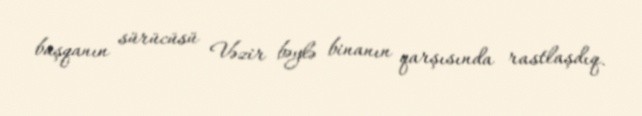
başqanın sürücüsü Vəzir bəylə binanın qarşısında rastlaşdıq.